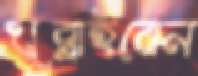
খুব্‌লাইবেন